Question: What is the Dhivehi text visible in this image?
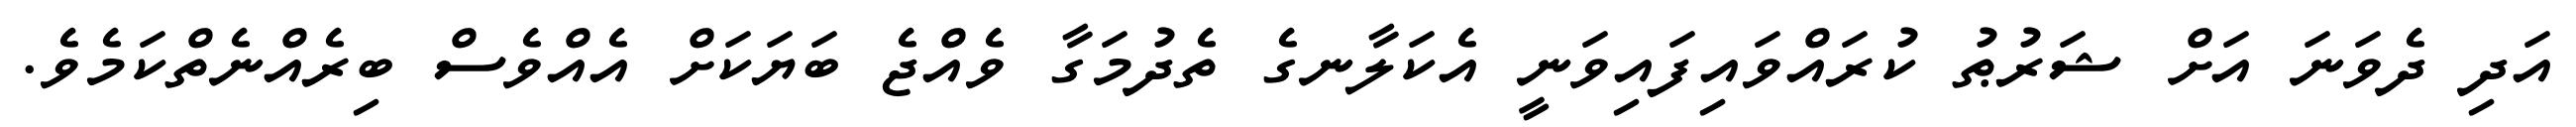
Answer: އަދި ދެވަނަ އަށް ޝަރުޠު ކުރައްވައިފައިވަނީ އެކަލާނގެ ތެދުމަގާ ވެއްޖެ ބަޔަކަށް އެއްވެސް ބިރެއްނެތްކަމެވެ.